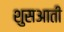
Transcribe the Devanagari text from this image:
शुसआती